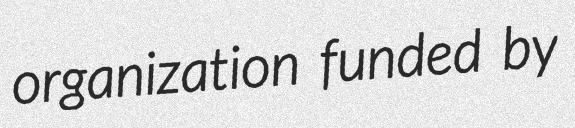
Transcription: organization funded by